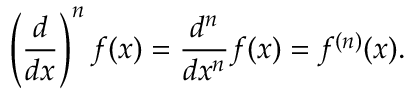
\left( { \frac { d } { d x } } \right) ^ { n } f ( x ) = { \frac { d ^ { n } } { d x ^ { n } } } f ( x ) = f ^ { ( n ) } ( x ) .